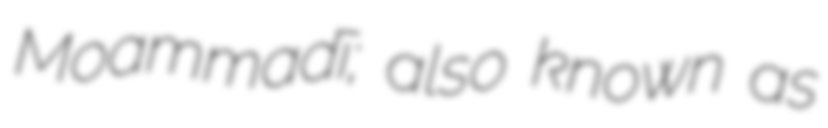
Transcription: Moḩammadī; also known as